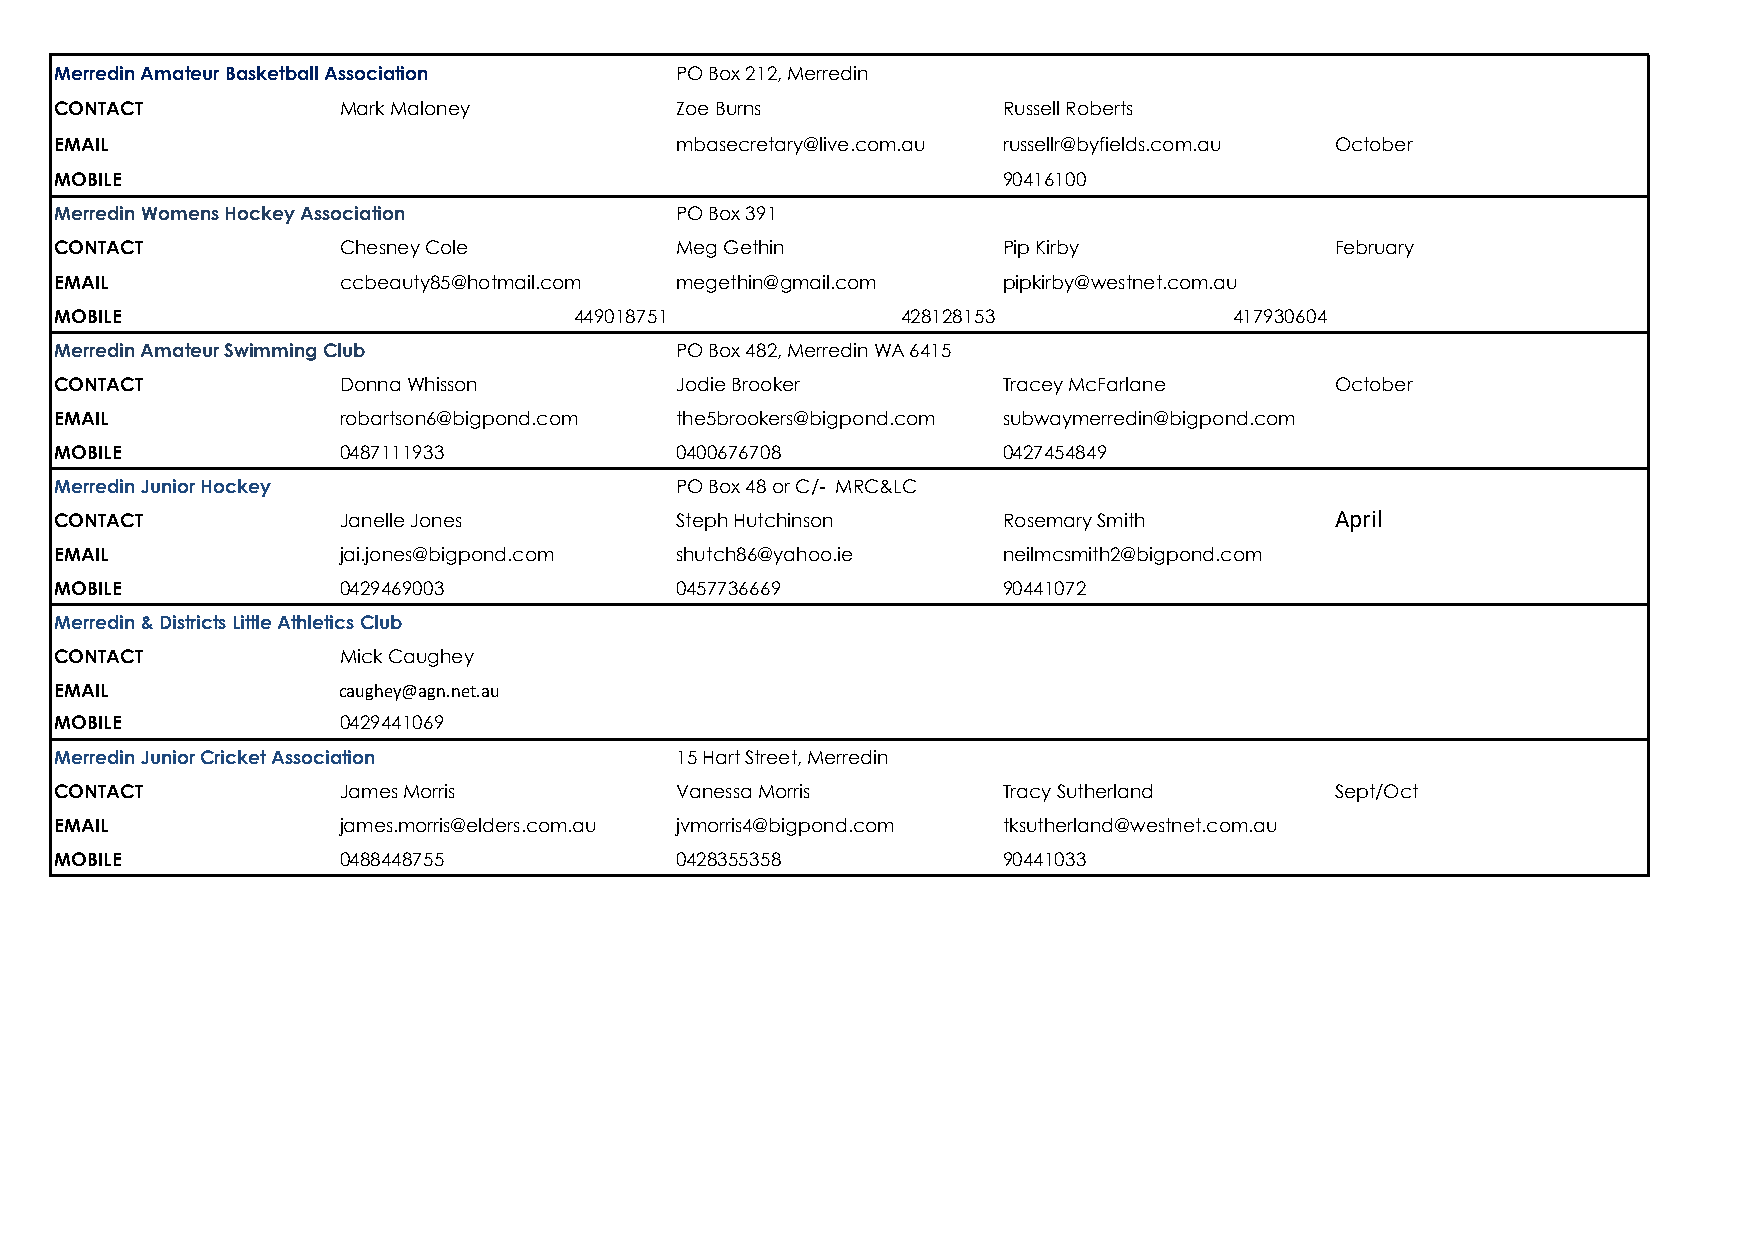
Merredin Amateur Basketball Association  PO Box 212, Merredin
 CONTACT           Mark Maloney           Zoe Burns            Russell Roberts
 EMAIL                                    mbasecretary@live.com.au russellr@byfields.com.au October
 MOBILE                                                        90416100
 Merredin Womens Hockey Association       PO Box 391
 CONTACT           Chesney Cole           Meg Gethin           Pip Kirby             February
 EMAIL             ccbeauty85@hotmail.com megethin@gmail.com   pipkirby@westnet.com.au
 MOBILE                            449018751             428128153             417930604
 Merredin Amateur Swimming Club           PO Box 482, Merredin WA 6415
 CONTACT           Donna Whisson          Jodie Brooker        Tracey McFarlane      October
 EMAIL             robartson6@bigpond.com the5brookers@bigpond.com subwaymerredin@bigpond.com
 MOBILE            0487111933             0400676708           0427454849
 Merredin Junior Hockey                   PO Box 48 or C/- MRC&LC
 CONTACT           Janelle Jones          Steph Hutchinson     Rosemary Smith        April
 EMAIL             jai.jones@bigpond.com  shutch86@yahoo.ie    neilmcsmith2@bigpond.com
 MOBILE            0429469003             0457736669           90441072
 Merredin & Districts Little Athletics Club
 CONTACT           Mick Caughey
 EMAIL             caughey@agn.net.au
 MOBILE            0429441069
 Merredin Junior Cricket Association      15 Hart Street, Merredin
 CONTACT           James Morris           Vanessa Morris       Tracy Sutherland      Sept/Oct
 EMAIL             james.morris@elders.com.au jvmorris4@bigpond.com tksutherland@westnet.com.au
 MOBILE            0488448755             0428355358           90441033